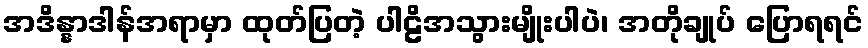
အဒိန္နာဒါန်အရာမှာ ထုတ်ပြတဲ့ ပါဠိအသွားမျိုးပါပဲ၊ အတိုချုပ် ပြောရရင်